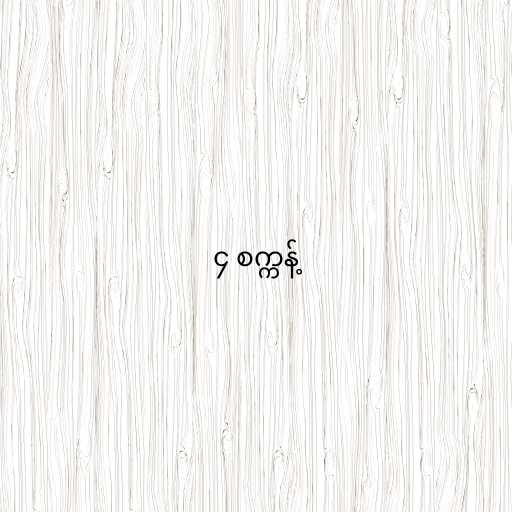
၄ စက္ကန့်